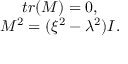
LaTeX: \begin{array} { c } { { t r ( M ) = 0 , } } \\ { { M ^ { 2 } = ( \xi ^ { 2 } - \lambda ^ { 2 } ) I . } } \end{array}